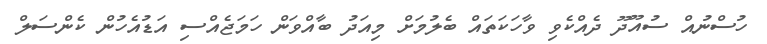
ހުސްނުއް ސުއޫދޫ ދެއްކެވި ވާހަކަތައް ބެލުމަށް މިއަދު ބާއްވަން ހަމަޖެއްސި އަޑުއެހުން ކެންސަލް